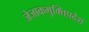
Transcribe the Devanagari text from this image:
जेजाकभुक्तिप्रदेश